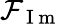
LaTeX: \mathcal{F}_{\mathrm{~I~m~}}